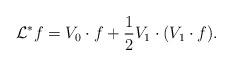
LaTeX: \begin{align*} {\cal L}^{*} f = V_0\cdot f + \frac{1}{2} V_1\cdot (V_1\cdot f). \end{align*}